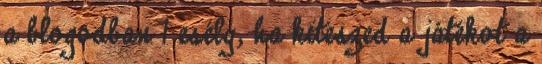
a blogodban 1 esély, ha kiteszed a játékot a